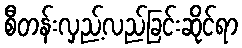
စီတန်းလှည့်လည်ခြင်းဆိုင်ရာ